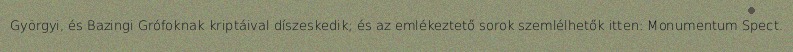
Györgyi, és Bazingi Grófoknak kriptáival díszeskedik; és az emlékeztető sorok szemlélhetők itten: Monumentum Spect.